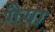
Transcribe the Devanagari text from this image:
गैगा